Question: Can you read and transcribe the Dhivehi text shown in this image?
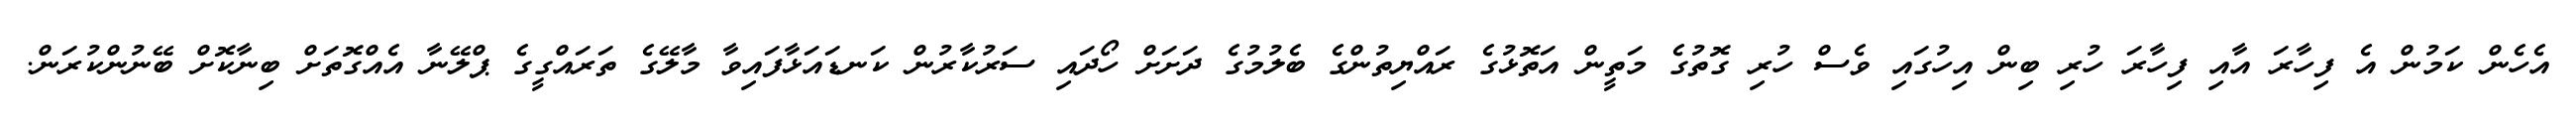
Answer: އެހެން ކަމުން އެ ފިހާރަ އާއި ފިހާރަ ހުރި ބިން އިހުގައި ވެސް ހުރި ގޮތުގެ މަތީން އަތޮޅުގެ ރައްޔިތުންގެ ބެލުމުގެ ދަށަށް ހޯދައި ސަރުކާރުން ކަނޑައަޅާފައިވާ މާލޭގެ ތަރައްގީގެ ޕްލޭނާ އެއްގޮތަށް ބިނާކޮށް ބޭނުންކުރަން.